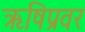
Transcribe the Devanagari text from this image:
ऋषिप्रवर